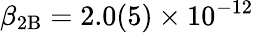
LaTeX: \beta_{\mathrm{2B}}=2.0(5)\times 10^{-12}